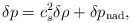
\begin{align*}\delta p = c_s^2 \delta \rho + \delta p_{{\rm nad}},\end{align*}